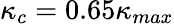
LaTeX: \kappa_{c}=0.65\kappa_{max}